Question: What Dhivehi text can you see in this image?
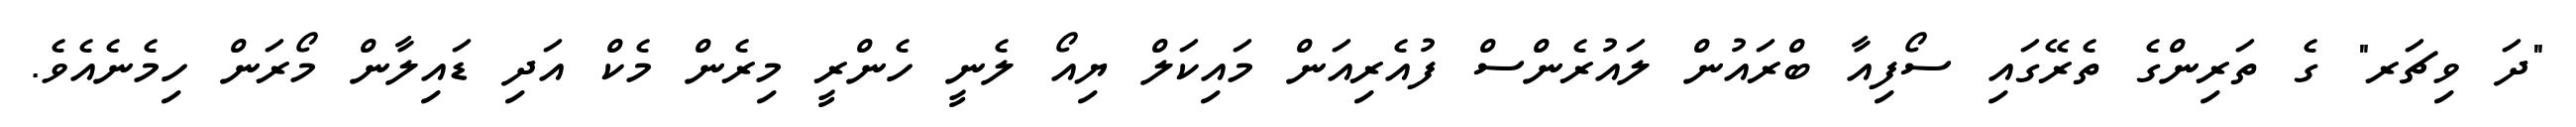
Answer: "ދަ ވިޗަރ" ގެ ތަރިންގެ ތެރޭގައި ސޯފިއާ ބްރައުން ލައުރެންސް ފުއެރިއަން މައިކަލް ޔިއޯ ލެނީ ހެންރީ މިރެން މެކް އަދި ޑައިލާން މޯރަން ހިމެނެއެވެ.